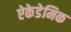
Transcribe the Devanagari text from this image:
ऐकेडेमिक